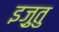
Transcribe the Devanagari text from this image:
इज़ुतु